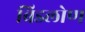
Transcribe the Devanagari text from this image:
बिडलोण